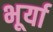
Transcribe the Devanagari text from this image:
भूर्या